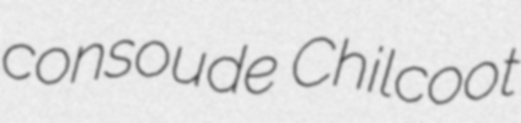
consoude Chilcoot